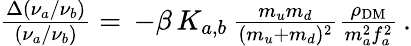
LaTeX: \begin{array}{r}{\frac{\Delta(\nu_{a}/\nu_{b})}{(\nu_{a}/\nu_{b})}=\, -\beta\, K_{a,b}\, \frac{m_{u}m_{d}}{(m_{u}+m_{d})^{2}}\frac{\rho_{\mathrm{DM}}}{m_{a}^{2}f_{a}^{2}}\, .}\end{array}